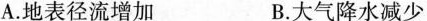
A.地表径流增加 B.大气降水减少